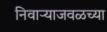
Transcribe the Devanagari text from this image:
निवाऱ्याजवळच्या